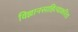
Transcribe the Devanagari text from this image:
विज्ञानसाहित्याकरिता